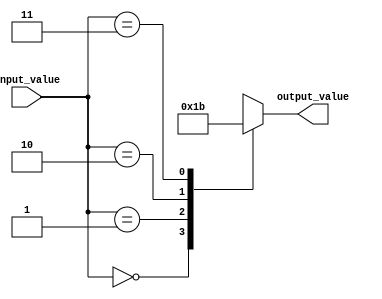
module full_case_statement (
    input [2:0] input_value,
    output reg [1:0] output_value
);

always @*
begin
    case (input_value)
        3'b000: output_value = 2'b00;
        3'b001: output_value = 2'b01;
        3'b010: output_value = 2'b10;
        3'b011: output_value = 2'b11;
        default: output_value = 2'bx; // x represents an unknown or don't care value
    endcase
end

endmodule